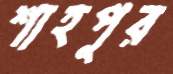
শাহপুর